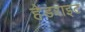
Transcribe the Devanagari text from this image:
हेडराइट